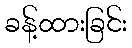
ခန့်ထားခြင်း